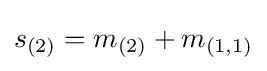
s_{(2)}=m_{(2)}+m_{(1,1)}